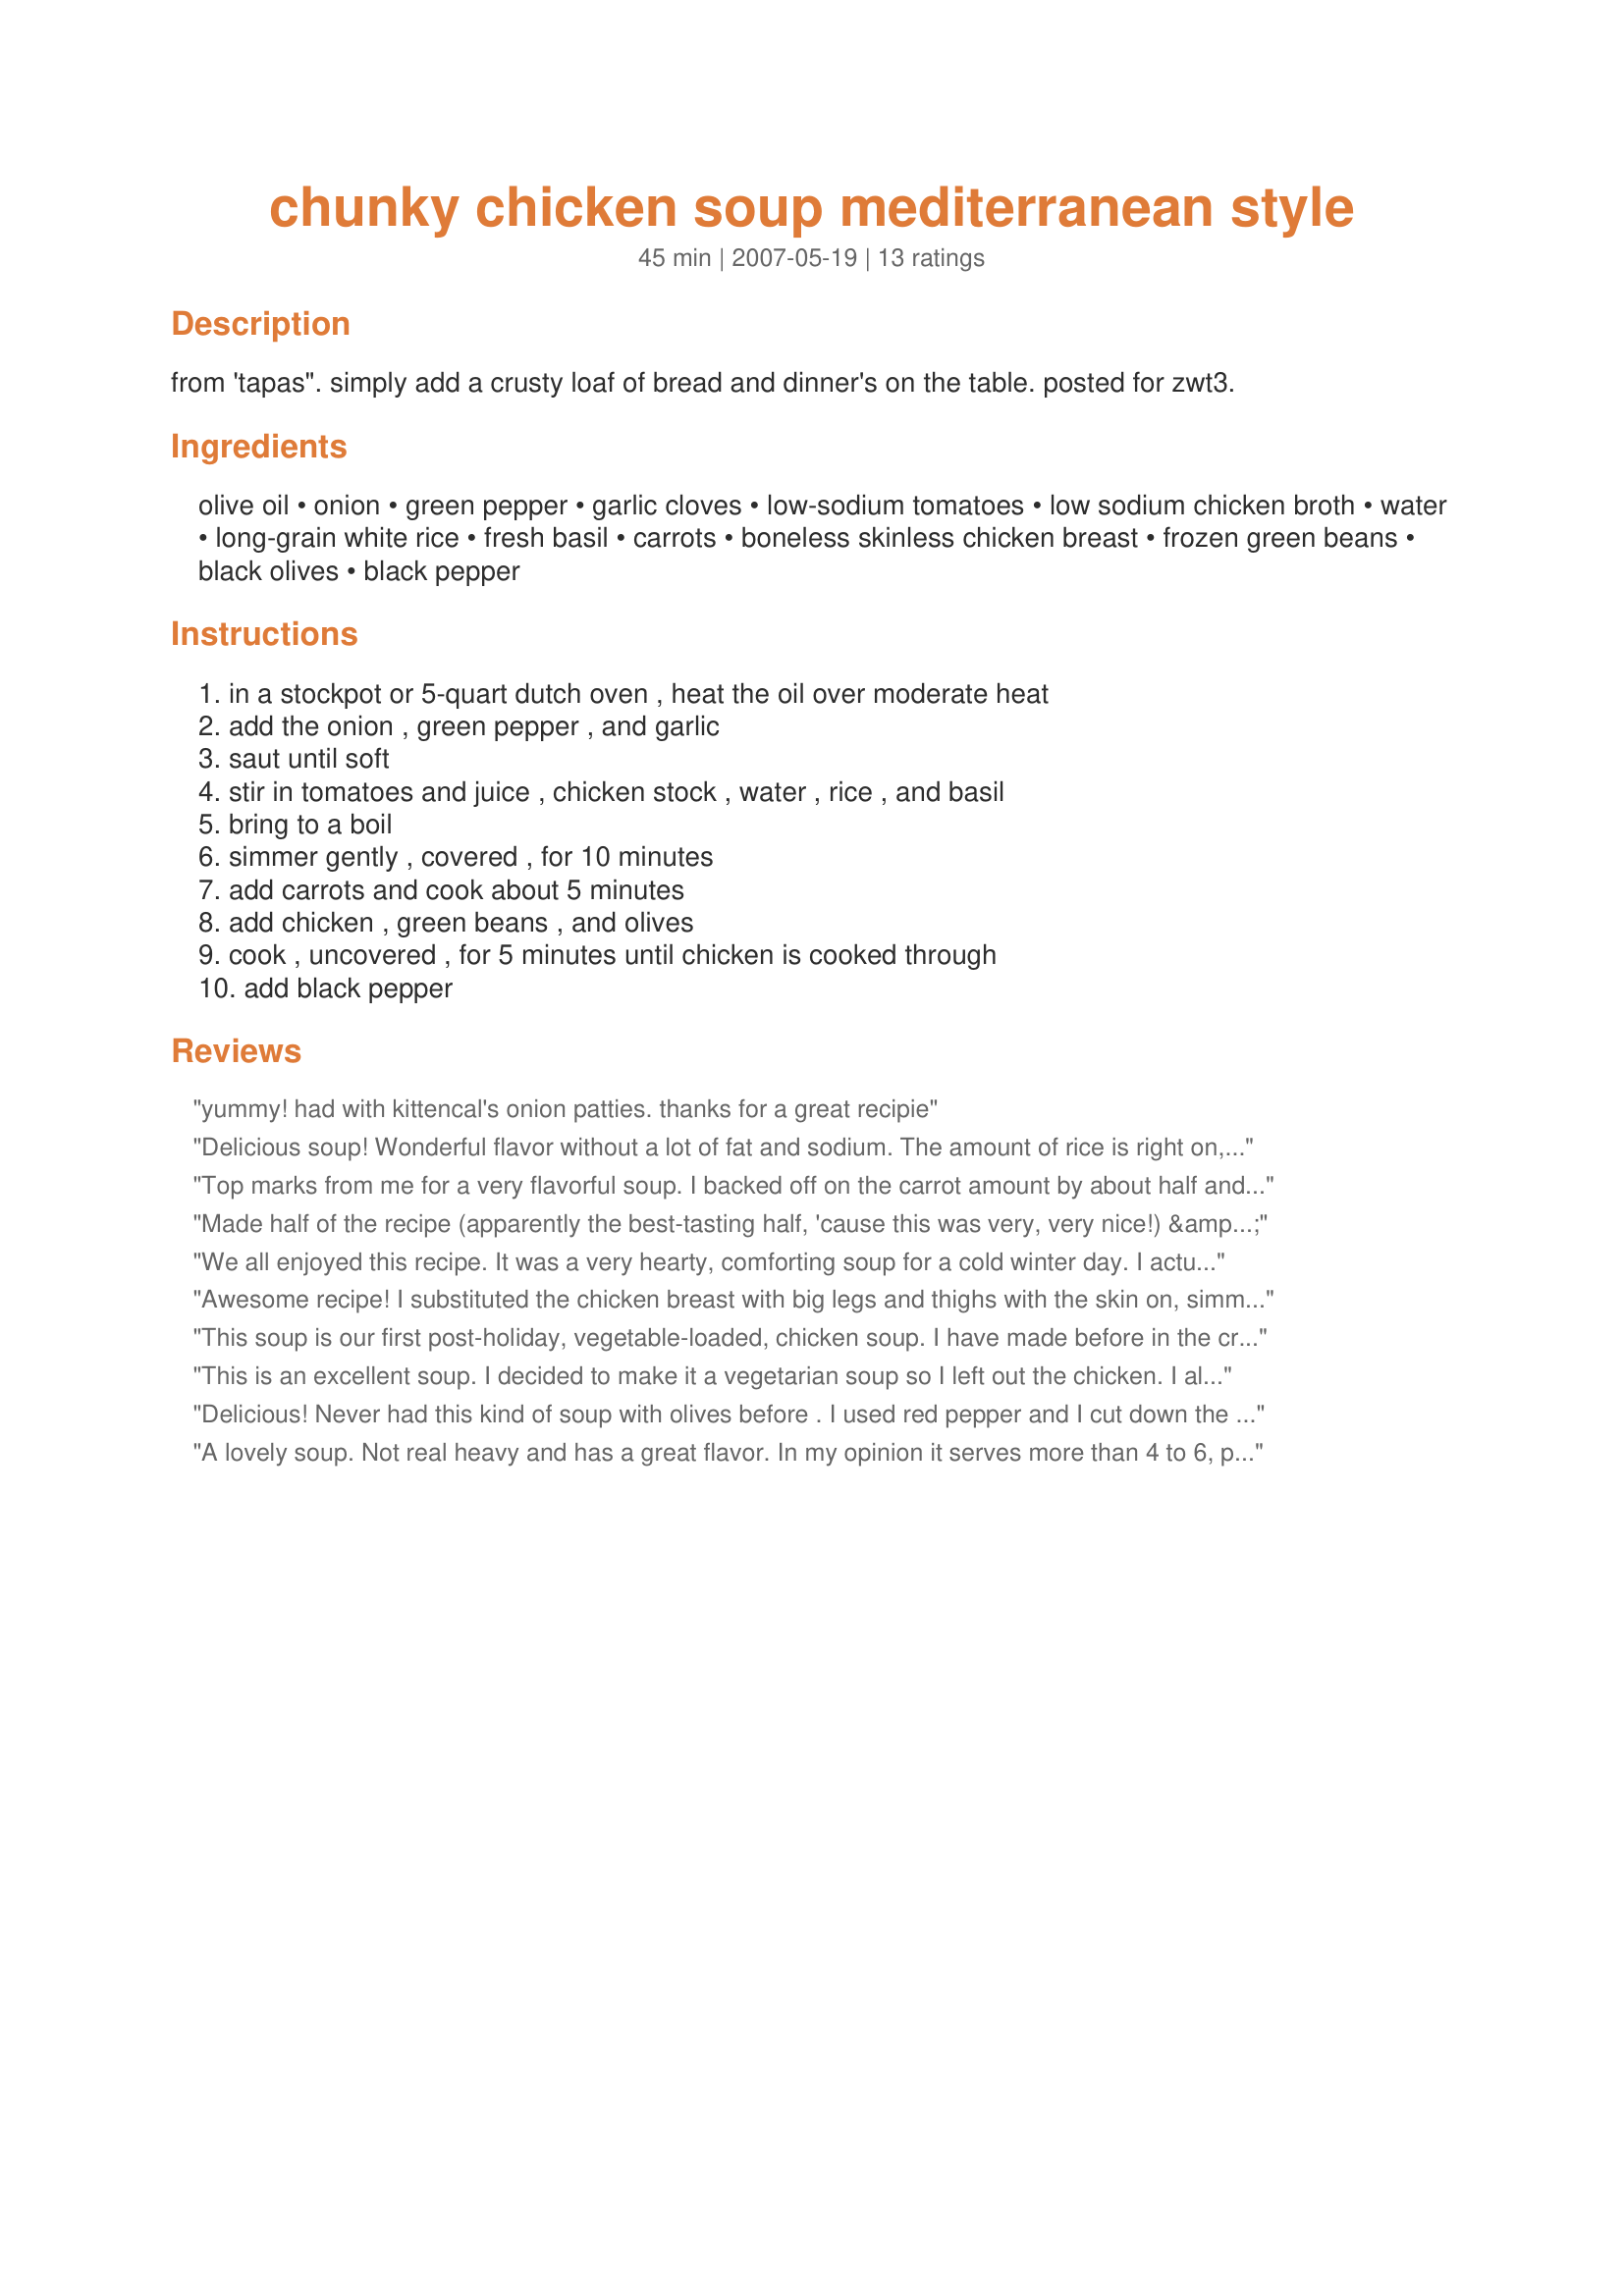
chunky chicken soup mediterranean style
Preparation time: 45 minutes

from 'tapas". simply add a crusty loaf of bread and dinner's on the table. posted for zwt3.

Ingredients:
olive oil, onion, green pepper, garlic cloves, low-sodium tomatoes, low sodium chicken broth, water, long-grain white rice, fresh basil, carrots, boneless skinless chicken breast, frozen green beans, black olives, black pepper

Steps:
in a stockpot or 5-quart dutch oven , heat the oil over moderate heat, add the onion , green pepper , and garlic, saut until soft, stir in tomatoes and juice , chicken stock , water , rice , and basil, bring to a boil, simmer gently , covered , for 10 minutes, add carrots and cook about 5 minutes, add chicken , green beans , and olives, cook , uncovered , for 5 minutes until chicken is cooked through, add black pepper

Reviews:
yummy! had with kittencal's onion patties. thanks for a great recipie
Delicious soup! Wonderful flavor without a lot of fat and sodium. The amount of rice is right on, as it thickens the juice slightly without soaking it all up. I had about 1 cup of leftover chicken stock in the fridge I needed to use up, so I added that too. I made this for the Spain/Portugal Freezer Pleasers ZWT 3 Challenge. I will be freezing the leftovers this afternoon for work lunches or a quick dinner. Thanks for sharing. Nick's Mom
Top marks from me for a very flavorful soup. I backed off on the carrot amount by about half and left the olives whole (personal preference only). Used brown rice that was leftover and it was a perfect amount for this. This made a grand middle of the road meal, hearty enough to fill you up if you if your average hungry and can easily be boosted with a salad , bread and dessert if you want something substantial. I made a half recipe and there is enough for at least 4 meals.
Made half of the recipe (apparently the best-tasting half, 'cause this was very, very nice!) & had plenty for two of us, but with hardly any left over! Enjoyed the combo of garlic, olives & basil here! Even without the chicken, it would make a nice vegetable soup! [Made & reviewed while in Greece on Zaar's World Tour 4]
We all enjoyed this recipe. It was a very hearty, comforting soup for a cold winter day. I actually made it twice, once for a Christmas caroling party, another time for guest. It was enjoyed both times by all. Thanks
Awesome recipe! I substituted the chicken breast with big legs and thighs with the skin on, simmered them first and cut them into huge chunks, man this made it extra tasty!!
Thanks AmandainOz
Maybe she's an aussie? Who knows, but she's a darn good cook!!
This soup is our first post-holiday, vegetable-loaded, chicken soup. I have made before in the crock pot and my entire family loved it. I cooked on low all day and added the rice about 20 minutes before serving. This time, I made according to recipe on the stove top except I got a little carried away slicing carrots with one of my Christmas presents. I compensated for the additional carrots with a little more green bean (about 16 oz versus 10 oz), tossed in fresh spinach, doubled the basil, added a little more rice (3/4 cup versus 1/2), another 2 cups chicken broth, and a tad more garlic and about a teaspoon onion powder. It seems pretty thick but looks like pictures and has a nice flavor. I intend to let it sit overnight, and we will warm it up have it for both lunch and dinner tomorrow with salad. Sadly, not with bread!
This is an excellent soup. I decided to make it a vegetarian soup so I left out the chicken. I also reduced the amount of basil and used corn in place of the green beans. Thanks for the recipe.
Delicious! Never had this kind of soup with olives before . I used red pepper and I cut down the amount of carrot,since it seemed like a lot.I also used dried basil,cut can't wait to try it with fresh one. Thanks for sharing.
A lovely soup. Not real heavy and has a great flavor. In my opinion it serves more than 4 to 6, probably more like 6 to 8. Thanks, Carole in Orlando
This was a nice soup to enjoy last evening for dinner. I made it as directed, but next time would reduce the carrots and not chop my olives as fine as I did. I was trying to get them to blend in a bit better for my kids, but that's like trying to hid an elephant with them. LOL I thought this was very simple to prepare, tasty enough but would also amp up the spices next time. Thanks for sharing! Made and reviewed for ZWT 5, for the Genies of Gourmet. =)
This soup was nice in the end, but it took quite a bit of effort to get there. It was very bland. One tablespoon of basil and a quarter teaspoon of black pepper was not enough seasoning for over 6 cups of liquid. Also, this made an enormous amount of soup. I'd say it's more likely 6-8 portions. Overall a good basic recipe to play with. Thanks!
Excellent Chicken Soup! Soup lovers that we are am constantly looking for and adding new recipes to my Soup file - into my file for this one. Other than being short on the olives made as posted. Loved the way the ingredients came together making for delicious soup with great eye appeal. How good - looked so good we had supper early. (can't wait for green beans fresh from the garden) Served with Dotty2's recipe#402137 for an lovely evening meal. Made for Auz/NZ Swap.
